Civil Veterinary Department. Madras. Admin. report 1926-33 - 1926-1933
Year: 1926
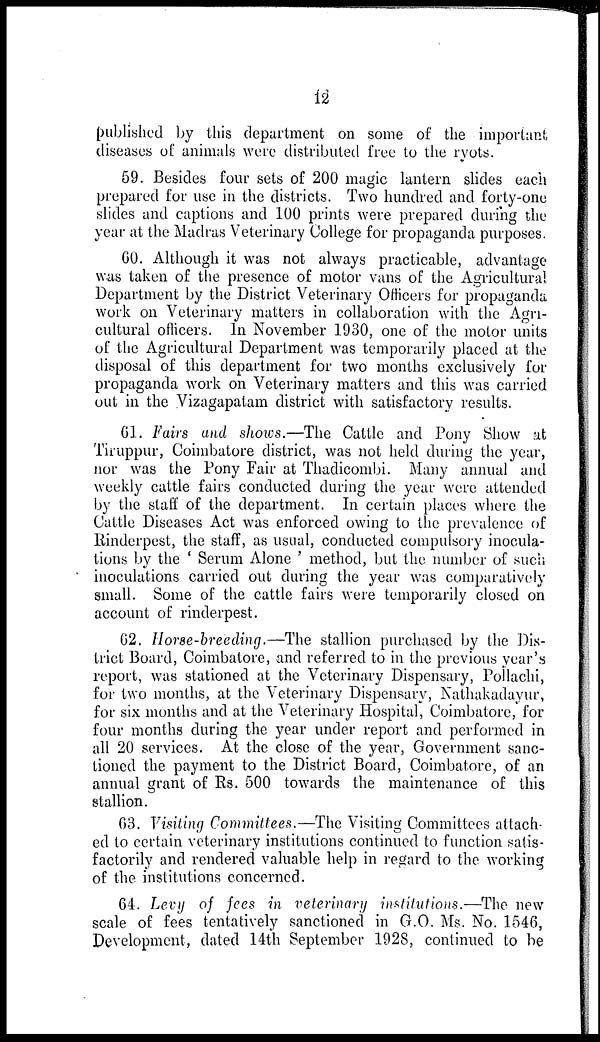
12
published by this department on some of the important
diseases of animals were distributed free to the ryots.
59. Besides four sets of 200 magic lantern slides each
prepared for use in the districts. Two hundred and forty-one
slides and captions and 100 prints were prepared during the
year at the Madras Veterinary College for propaganda purposes.
60. Although it was not always practicable, advantage
was taken of the presence of motor vans of the Agricultural
Department by the District Veterinary Officers for propaganda
work on Veterinary matters in collaboration with the Agri-
cultural officers. In November 1930, one of the motor units
of the Agricultural Department was temporarily placed at the
disposal of this department for two months exclusively for
propaganda work on Veterinary matters and this was carried
out in the Vizagapatam district with satisfactory results.
61. Fairs and shows.—The Cattle and Pony Show at
Tiruppur, Coimbatore district, was not held during the year,
nor was the Pony Fair at Thadicombi. Many annual and
weekly cattle fairs conducted during the year were attended
by the staff of the department. In certain places where the
Cattle Diseases Act was enforced owing to the prevalence of
Rinderpest, the staff, as usual, conducted compulsory inocula-
tions by the ' Serum Alone ' method, but the number of such
inoculations carried out during the year was comparatively
small. Some of the cattle fairs were temporarily closed on
account of rinderpest.
62. Horse-breeding.—The stallion purchased by the Dis-
trict Board, Coimbatore, and referred to in the previous year's
report, was stationed at the Veterinary Dispensary, Pollachi,
for two months, at the Veterinary Dispensary, Nathakadayur,
for six months and at the Veterinary Hospital, Coimbatore, for
four months during the year under report and performed in
all 20 services. At the close of the year, Government sanc-
tioned the payment to the District Board, Coimbatore, of an
annual grant of Rs. 500 towards the maintenance of this
stallion.
63. Visiting Committees.—The Visiting Committees attach-
ed to certain veterinary institutions continued to function satis-
factorily and rendered valuable help in regard to the working
of the institutions concerned.
64. Levy of fees in veterinary institutions.—The new
scale of fees tentatively sanctioned in G.O. Ms. No. 1546,
Development, dated 14th September 1928, continued to be